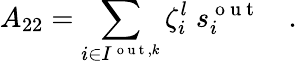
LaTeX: A_{22}=\sum_{i\in I^{\mathrm{~o~u~t~},k}}\zeta_{i}^{l}\; s_{i}^{\mathrm{~o~u~t~}}\quad.